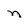
Character: n